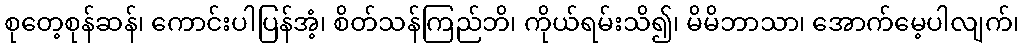
စုတေ့စုန်ဆန်၊ ကောင်းပါပြန်အံ့၊ စိတ်သန်ကြည်ဘိ၊ ကိုယ်ရမ်းသိ၍၊ မိမိဘာသာ၊ အောက်မေ့ပါလျက်၊